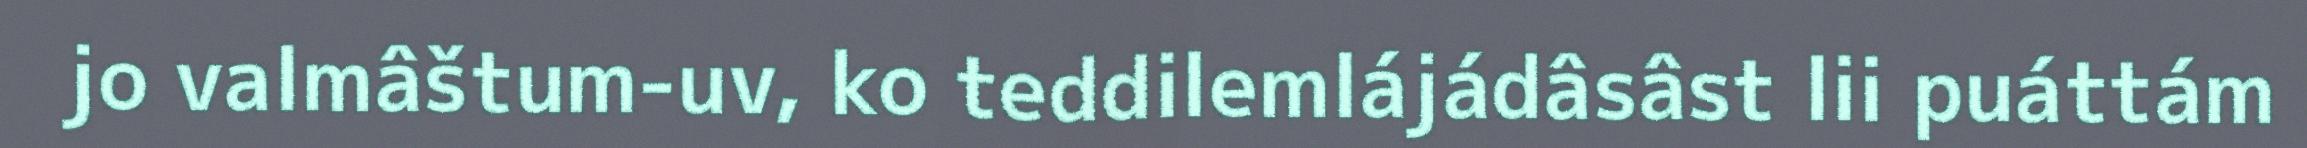
jo valmâštum-uv, ko teddilemlájádâsâst lii puáttám